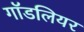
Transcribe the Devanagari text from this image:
गॉडलियर